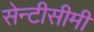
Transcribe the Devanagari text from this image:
सेन्टीसीमी